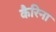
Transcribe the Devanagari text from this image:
कैरिना